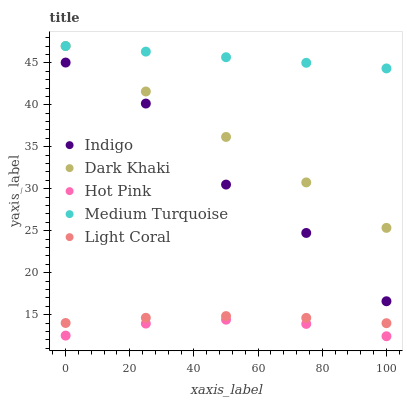
| xaxis_label | Indigo | Dark Khaki | Hot Pink | Medium Turquoise | Light Coral |
 | --- | --- | --- | --- | --- | --- |
 | 0 | 45 | 47 | 12.5 | 47 | 14 |
 | 25 | 40.1 | 41.6 | 13.9 | 46.3 | 14.6 |
 | 50 | 30.5 | 36.2 | 14.4 | 45.7 | 14.8 |
 | 75 | 24.7 | 30.8 | 13.9 | 45 | 14.6 |
 | 100 | 16.6 | 25.3 | 12.4 | 44.3 | 14 |